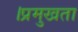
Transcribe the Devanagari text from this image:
।प्रमुखता